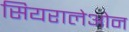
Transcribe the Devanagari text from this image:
सियरालेओन